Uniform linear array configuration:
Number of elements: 12
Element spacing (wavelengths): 0.5
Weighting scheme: blackman
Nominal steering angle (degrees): -45
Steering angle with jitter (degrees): -45.511
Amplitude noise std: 0.05
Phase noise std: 0.05

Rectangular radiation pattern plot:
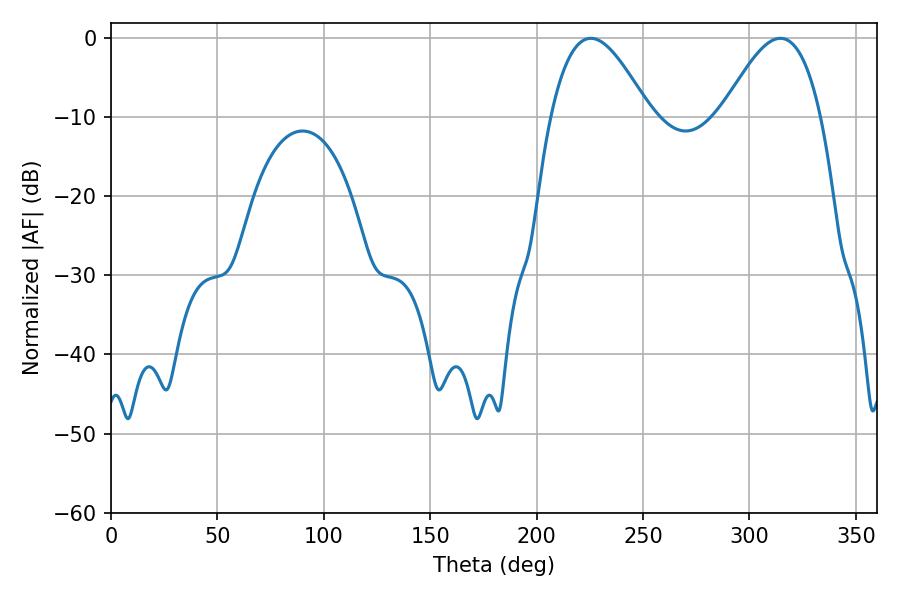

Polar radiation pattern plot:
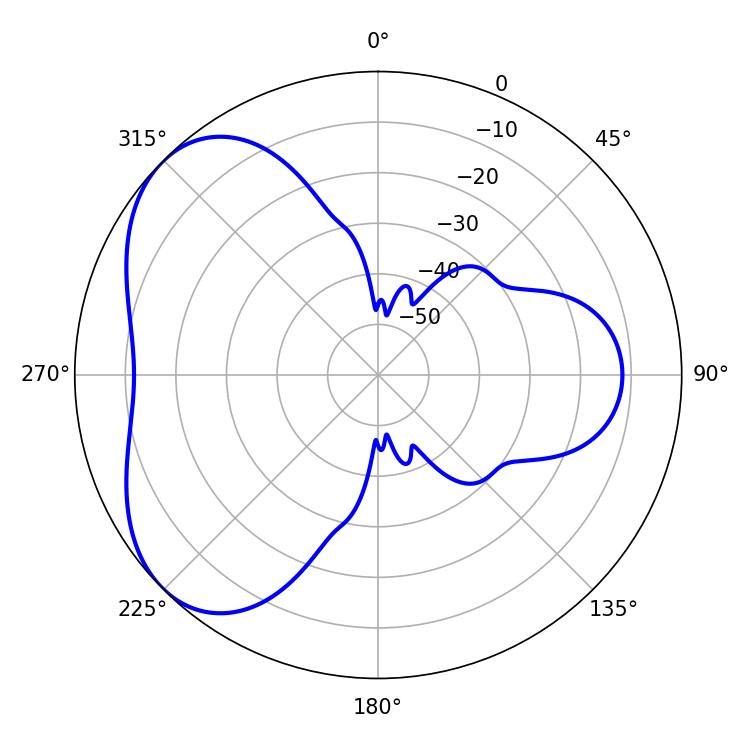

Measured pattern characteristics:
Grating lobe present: FALSE
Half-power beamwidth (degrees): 25.2
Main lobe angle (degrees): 225.54